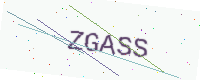
Text: ZGASS